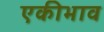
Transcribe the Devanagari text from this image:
एकीभाव